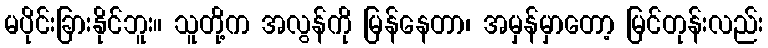
မပိုင်းခြားနိုင်ဘူး။ သူတို့က အလွန်ကို မြန်နေတာ၊ အမှန်မှာတော့ မြင်တုန်းလည်း